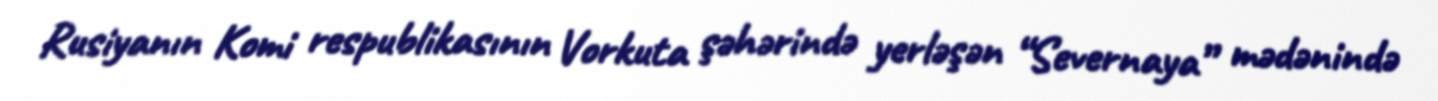
Rusiyanın Komi respublikasının Vorkuta şəhərində yerləşən “Severnaya” mədənində